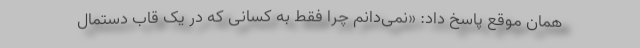
همان موقع پاسخ داد: «نمی‌دانم چرا فقط به کسانی که در یک قاب دستمال